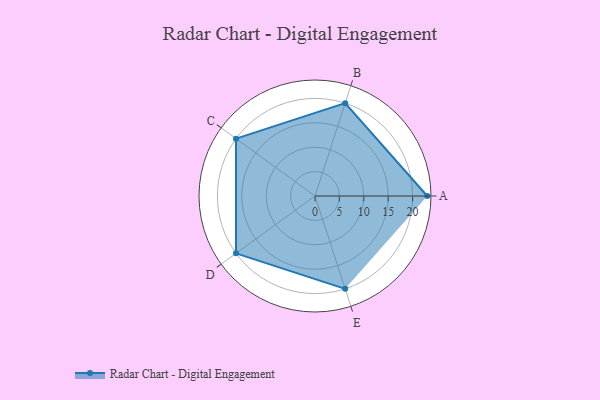
{"axis": {"x": "Skill", "y": "Score"}, "legend": ["Profile"], "data": [{"x": "A", "y": 23.0, "type": "Profile"}, {"x": "B", "y": 20, "type": "Profile"}, {"x": "C", "y": 20, "type": "Profile"}, {"x": "D", "y": 20, "type": "Profile"}, {"x": "E", "y": 20, "type": "Profile"}]}